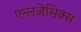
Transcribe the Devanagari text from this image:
एन्लजेसिक्स